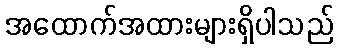
အထောက်အထားများရှိပါသည်